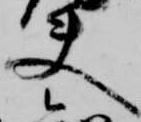
夫